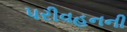
પરીવહનની